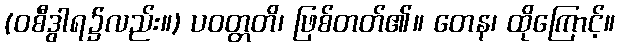
(ဝစီဒွါရ၌လည်း။) ပဝတ္တတိ၊ ဖြစ်တတ်၏။ တေန၊ ထိုကြောင့်။